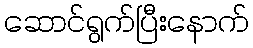
ဆောင်ရွက်ပြီးနောက်